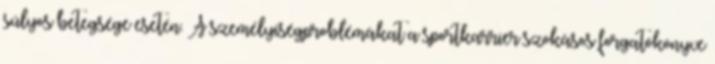
súlyos betegsége esetén. A személyiségproblémákat a sportkarrier szokásos forgatókönyve